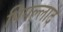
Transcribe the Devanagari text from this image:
पिपल्लाद